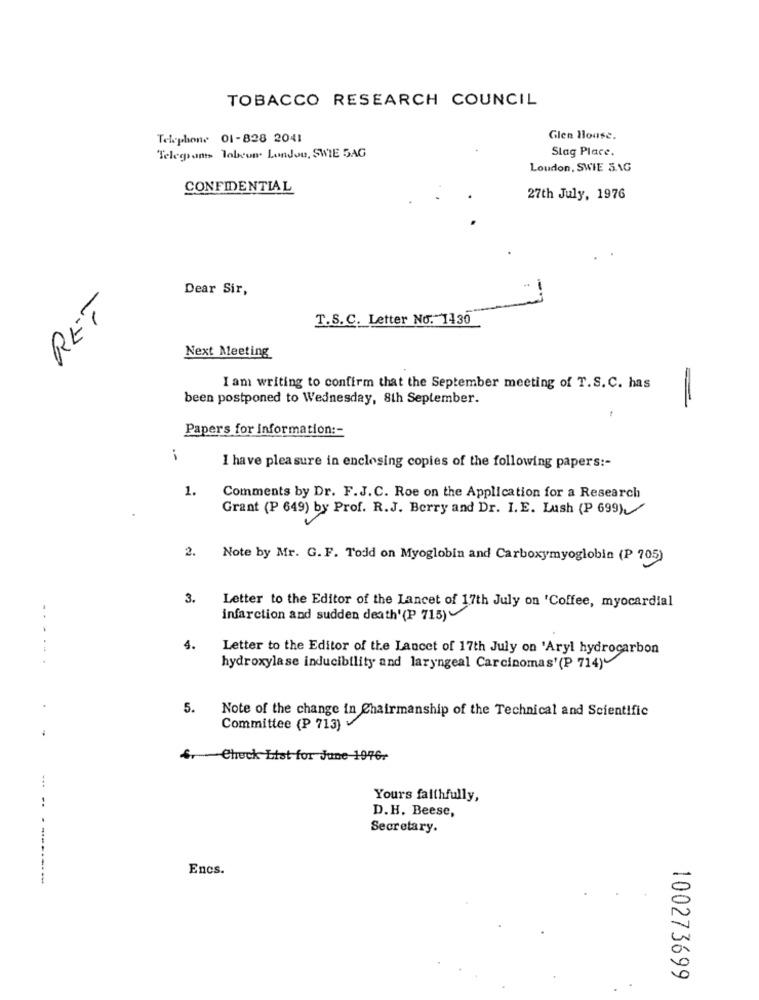
TOBACCO RESEARCH COUNCIL
Telephone 01-828 2041
Glen House.
Slag Place.
Telegrams Tobeun. London, SWIE SAG
London, SWIE 3G
CONFIDENTIAL
27th July, 1976
Dear Sir,
RET
T.S.C. Letter No. 1430
Next Meeting
I am writing to confirm that the September meeting of T.S. C. has
been postponed to Wednesday, 8th September.
-
Papers for information :-
i
I have pleasure in enclosing copies of the following papers :-
1.
Comments by Dr. F.J. C. Roe on the Application for a Research
Grant (P 649) by Prof. R.J. Berry and Dr. I.E. Lush (P 699)
2.
Note by Mr. G. F. Todd on Myoglobin and Carboxymyoglobin (P 705)
3.
Letter to the Editor of the Lancet of 17th July on 'Coffee, myocardial
infarction and sudden death'(P 715)
4.
Letter to the Editor of the Lancet of 17th July on 'Aryl hydrocarbon
...
hydroxylase inducibility and laryngeal Carcinomas'(P 714)
5.
Note of the change in Chairmanship of the Technical and Scientific
Committee (P 713)
6. - Check List for June 1976-
...
Yours faithfully,
D.H. Beese,
Secretary.
Encs.
--------
100273699